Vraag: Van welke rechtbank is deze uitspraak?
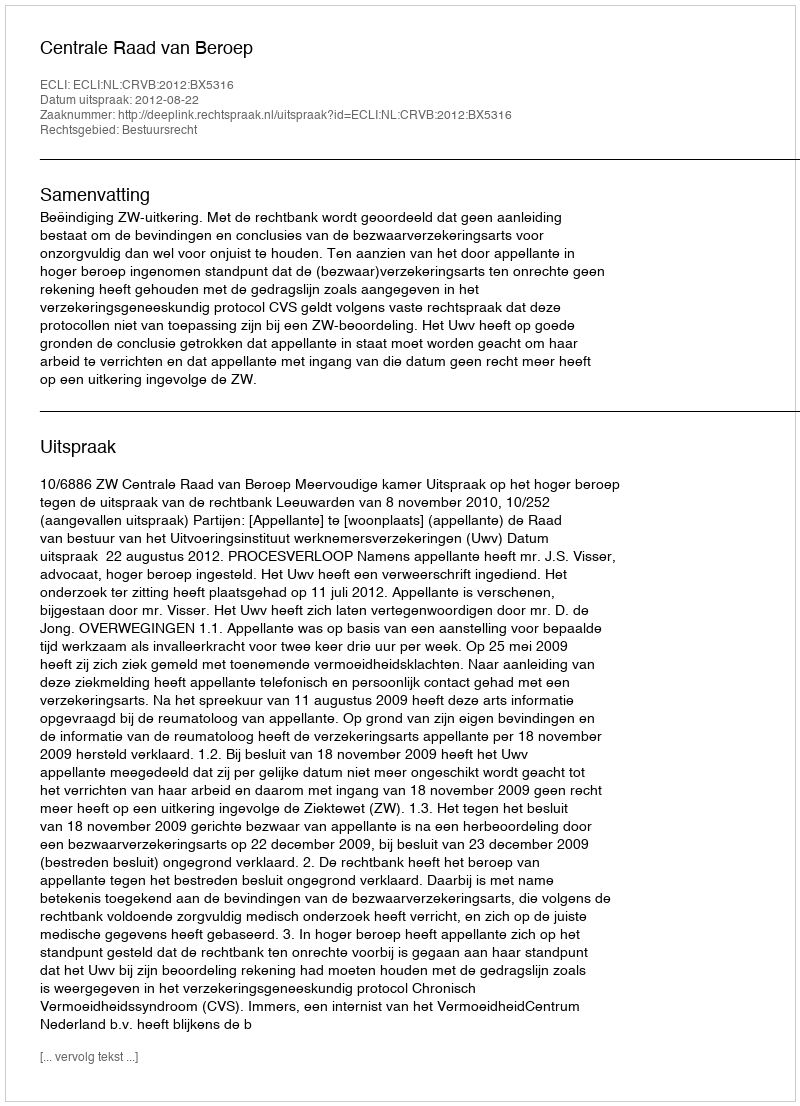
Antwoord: Centrale Raad van Beroep